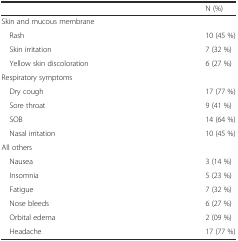
|  | N (%) |
 | --- | --- |
 | <COLSPAN=2> Skin and mucous membrane |
 | Rash | 10 (45 %) |
 | Skin irritation | 7 (32 %) |
 | Yellow skin discoloration | 6 (27 %) |
 | <COLSPAN=2> Respiratory symptoms |
 | Dry cough | 17 (77 %) |
 | Sore throat | 9 (41 %) |
 | SOB | 14 (64 %) |
 | Nasal irritation | 10 (45 %) |
 | <COLSPAN=2> All others |
 | Nausea | 3 (14 %) |
 | Insomnia | 5 (23 %) |
 | Fatigue | 7 (32 %) |
 | Nose bleeds | 6 (27 %) |
 | Orbital edema | 2 (09 %) |
 | Headache | 17 (77 %) |